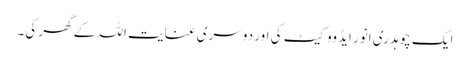
ایک چوہدری انور ایڈووکیٹ کی اور دوسری عنایت اللہ کے گھر کی۔